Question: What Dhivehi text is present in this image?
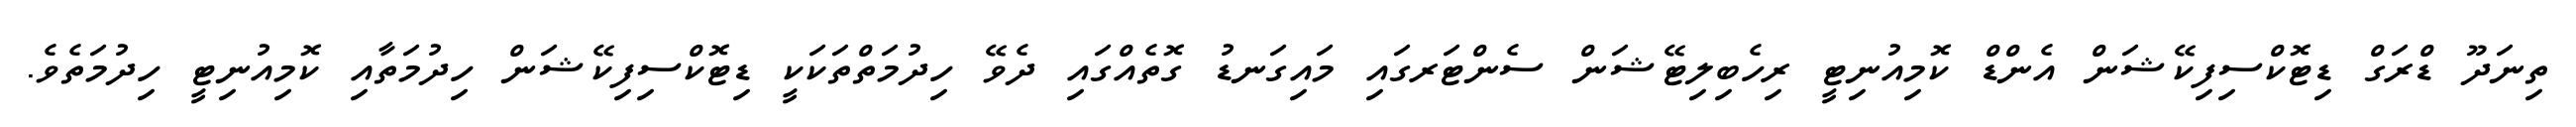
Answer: ތިނަދޫ ޑްރަގް ޑިޓޮކްސިފިކޭޝަން އެންޑް ކޮމިއުނިޓީ ރިހެބިލިޓޭޝަން ސެންޓަރގައި މައިގަނޑު ގޮތެއްގައި ދެވޭ ހިދުމަތްތަކަކީ ޑިޓޮކްސިފިކޭޝަން ހިދުމަތާއި ކޮމިއުނިޓީ ހިދުމަތެވެ.